Rangoon Lunatic Asylum 1898-1906 - 1898-1906
Year: 1898
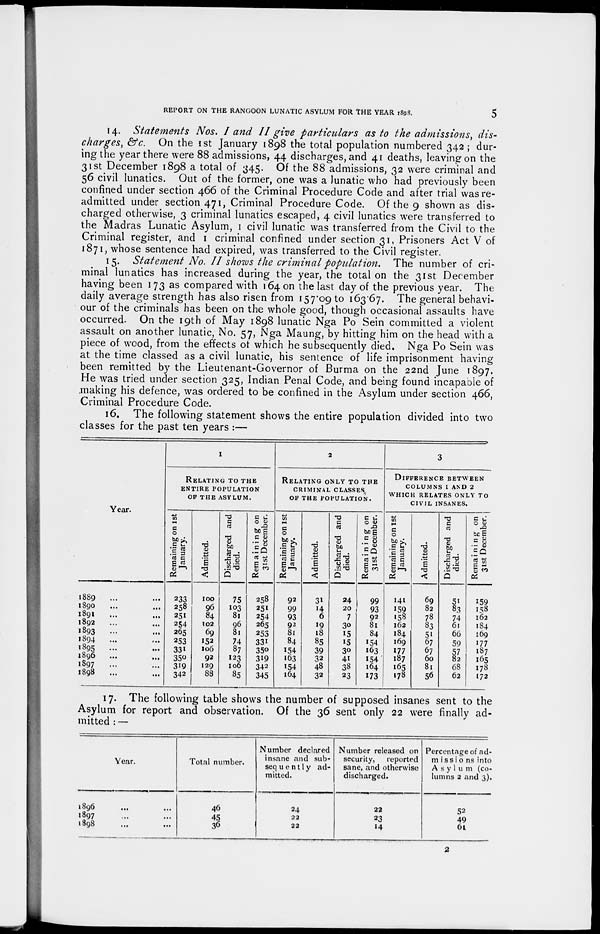
REPORT ON THE RANGOON LUNATIC ASYLUM FOR THE YEAR 1898.
5
14. Statements Nos. I and II give particulars as to the admissions, dis-
charges, &c. On the 1st January 1898 the total population numbered 342 ; dur-
ing the year there were 88 admissions, 44 discharges, and 41 deaths, leaving on the
31st December 1898 a total of 345. Of the 88 admissions, 32 were criminal and
56 civil lunatics. Out of the former, one was a lunatic who had previously been
confined under section 466 of the Criminal Procedure Code and after trial was re-
admitted under section 471, Criminal Procedure Code. Of the 9 shown as dis-
charged otherwise, 3 criminal lunatics escaped, 4 civil lunatics were transferred to
the Madras Lunatic Asylum, 1 civil lunatic was transferred from the Civil to the
Criminal register, and 1 criminal confined under section 31, Prisoners Act V of
1871, whose sentence had expired, was transferred to the Civil register.
15. Statement No. II shows the criminal population.
The number of cri-
minal lunatics has increased during the year, the total on the 31st December
having been 173 as compared with 164 on the last day of the previous year. The
daily average strength has also risen from 157.09 to 163.67. The general behavi-
our of the criminals has been on the whole good, though occasional assaults have
occurred. On the 19th of May 1898 lunatic Nga Po Sein committed a violent
assault on another lunatic, No. 57, Nga Maung, by hitting him on the head with a
piece of wood, from the effects of which he subsequently died. Nga Po Sein was
at the time classed as a civil lunatic, his sentence of life imprisonment having
been remitted by the Lieutenant-Governor of Burma on the 22nd June 1897.
He was tried under section 325, Indian Penal Code, and being found incapable of
making his defence, was ordered to be confined in the Asylum under section 466,
Criminal Procedure Code.
16. The following statement shows the entire population divided into two
classes for the past ten years :—
Year.
1889 ... ...
1890 ... ...
1891 ... ..
1892 ... ...
1893 ... ...
1894 ... ...
1895 ... ...
1896 ... ...
1897 ... ...
1898 ... ...
1
RELATING TO THE
ENTIRE POPULATION
OF THE ASYLUM.
Remaining on 1st
January.
233
258
251
254
265
253
331
350
319
342
Admitted.
100
96
84
102
69
152
106
92
129
88
Discharged and
died.
75
103
81
96
81
74
87
123
106
85
Remaining on
31st December.
258
251
254
265
253
331
350
319
342
345
2
RELATING ONLY TO THE
CRIMINAL CLASSES,
OF THE POPULATION.
Remaining on 1st
January.
92
99
93
92
81
84
154
163
154
164
Admitted.
31
14
6
19
18
85
39
32
48
32
Discharged and
died.
24
20
7
30
15
15
30
41
38
23
Remaining on
31st December.
99
93
92
81
84
154
163
154
164
173
3
DIFFERENCE BETWEEN
COLUMNS 1 AND 2
WHICH RELATES ONLY TO
CIVIL INSANES.
Remaining on 1st
January.
141
159
158
162
184
169
177
187
165
178
Admitted.
69
82
78
83
51
67
67
60
81
56
Discharged and
died.
51
83
74
61
66
59
57
82
68
62
Remaining on
31st December.
159
158
162
184
169
177
187
165
178
172
17. The following table shows the number of supposed insanes sent to the
Asylum for report and observation. Of the 36 sent only 22 were finally ad-
mitted : —
Year.
1896 ... ...
1897 ... ...
1898 ... ...
Total number.
46
45
36
Number declared
insane and sub-
sequently ad-
mitted.
24
22
22
Number released on
security,
reported
sane, and otherwise
discharged.
22
23
14
Percentage of ad-
missions into
Asylum (co-
lumns 2 and 3).
52
49
61
2